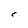
Character: C